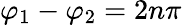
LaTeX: \varphi_{1}-\varphi_{2}=2n\pi